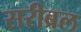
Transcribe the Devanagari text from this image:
सरीब्रल